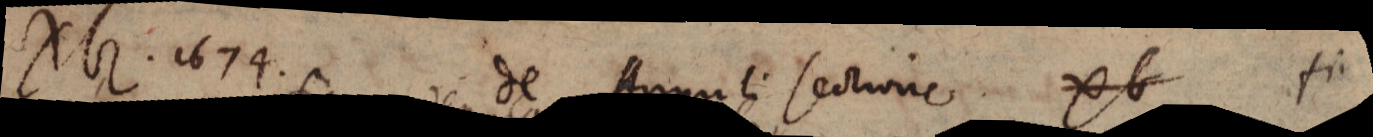
XVI. 1674. de Anguli sectione XV tri